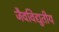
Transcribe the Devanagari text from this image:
जैवविद्युतीय